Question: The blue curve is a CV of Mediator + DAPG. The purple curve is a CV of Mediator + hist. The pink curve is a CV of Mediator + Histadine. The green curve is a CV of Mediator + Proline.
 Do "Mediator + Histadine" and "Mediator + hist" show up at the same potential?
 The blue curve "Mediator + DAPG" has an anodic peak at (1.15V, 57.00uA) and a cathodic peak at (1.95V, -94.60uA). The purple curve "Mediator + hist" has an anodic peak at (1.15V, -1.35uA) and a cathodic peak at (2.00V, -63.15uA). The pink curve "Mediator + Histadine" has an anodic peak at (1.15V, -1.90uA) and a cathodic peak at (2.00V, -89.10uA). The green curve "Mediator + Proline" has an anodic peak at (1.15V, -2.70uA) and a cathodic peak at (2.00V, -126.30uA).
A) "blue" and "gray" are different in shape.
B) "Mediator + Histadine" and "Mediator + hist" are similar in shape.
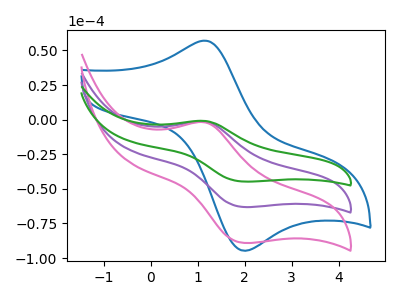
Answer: <think>All the peaks in "Mediator + Histadine" have a peak in "Mediator + hist" at the same potential.
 </think>
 <answer>B) "Mediator + Histadine" and "Mediator + hist" are similar in shape.</answer>
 <eval>B</eval>